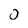
Character: O